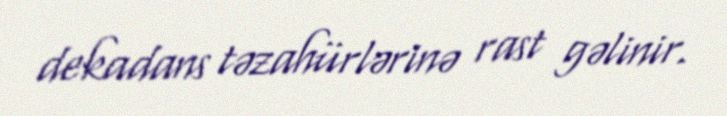
dekadans təzahürlərinə rast gəlinir.